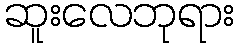
ဆူးလေဘုရား